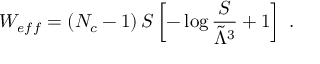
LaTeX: W _ { e f f } = \left( N _ { c } - 1 \right) S \left[ - \log { \frac { S } { \tilde { \Lambda } ^ { 3 } } } + 1 \right] ~ .